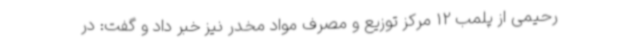
رحیمی از پلمب 12 مرکز توزیع و مصرف مواد مخدر نیز خبر داد و گفت: در